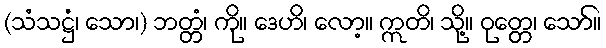
(သံသဋ္ဌံ၊ သော၊) ဘတ္တံ၊ ကို။ ဒေဟိ၊ လော့။ ဣတိ၊ သို့။ ဝုတ္တေ၊ သော်။